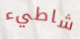
شاطيء